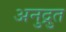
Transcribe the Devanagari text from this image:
अनुद्रुत